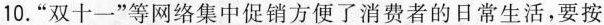
10. ”双十一”等网络集中促销方便了消费者的日常生活，要按